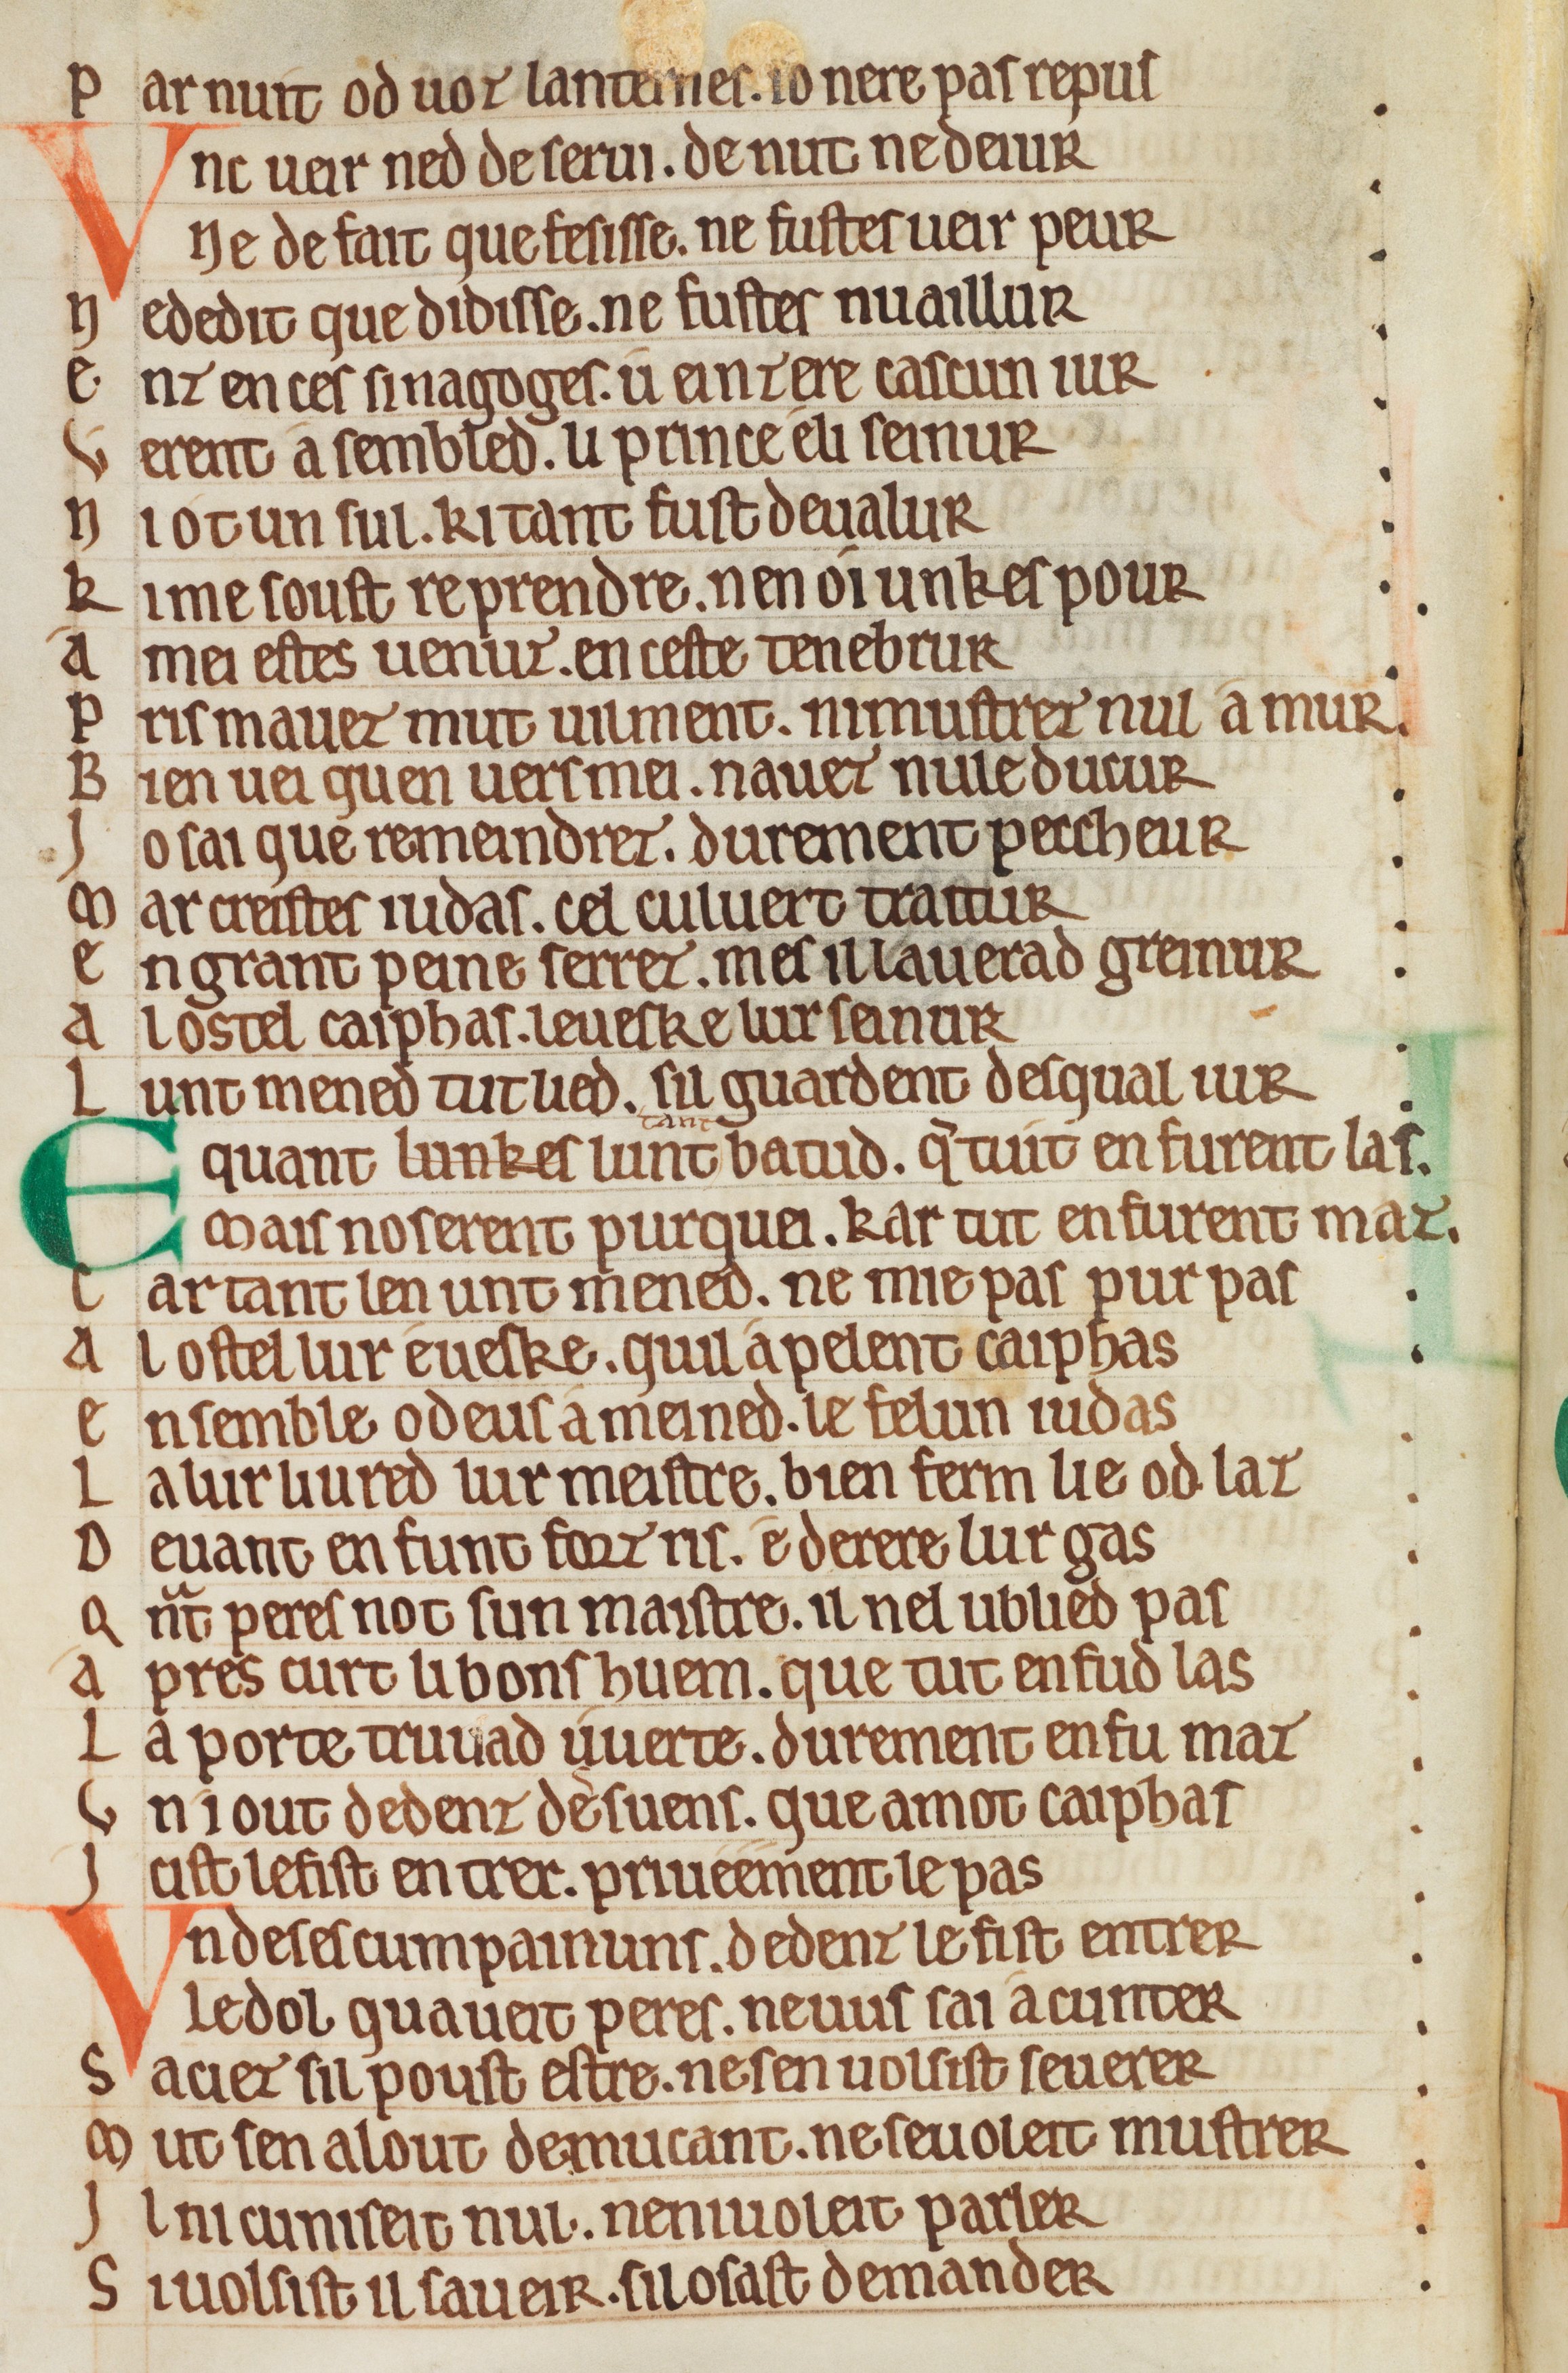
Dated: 1175–1199